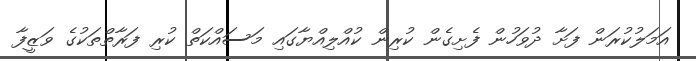
އަމަލުކުރަން ފަށާ ދުވަހުން ފެށިގެން ކުރިން ކުއްލިއްޔާގައި މަސައްކަތް ކުރި ފަރާތްތަކުގެ ވަޒީފާ